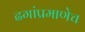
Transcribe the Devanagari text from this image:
ढगांप्रमाणेच